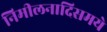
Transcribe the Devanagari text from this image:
निमीलनादिसमये